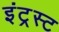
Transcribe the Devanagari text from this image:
इंट्रस्ट